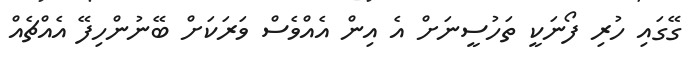
ގޭގައި ހުރި ފޯނަކީ ތަހުސީނަށް އެ އިން އެއްވެސް ވަރަކަށް ބޭނުންހިފޭ އެއްޗެއް